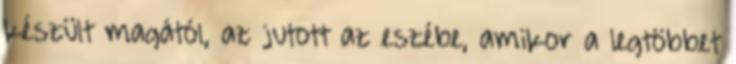
készült magától, az jutott az eszébe, amikor a legtöbbet